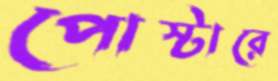
পোস্টারে